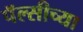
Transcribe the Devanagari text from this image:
पॅल्सीच्या